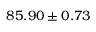
8 5 . 9 0 \pm 0 . 7 3